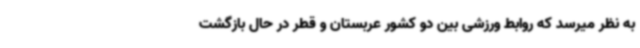
به نظر میرسد که روابط ورزشی بین دو کشور عربستان و قطر در حال بازگشت